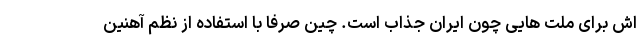
اش برای ملت هایی چون ایران جذاب است. چین صرفا با استفاده از نظم آهنین